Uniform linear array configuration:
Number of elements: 24
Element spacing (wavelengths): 0.25
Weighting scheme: kaiser
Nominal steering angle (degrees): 0
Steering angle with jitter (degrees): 1.869
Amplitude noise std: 0.05
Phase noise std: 0.05

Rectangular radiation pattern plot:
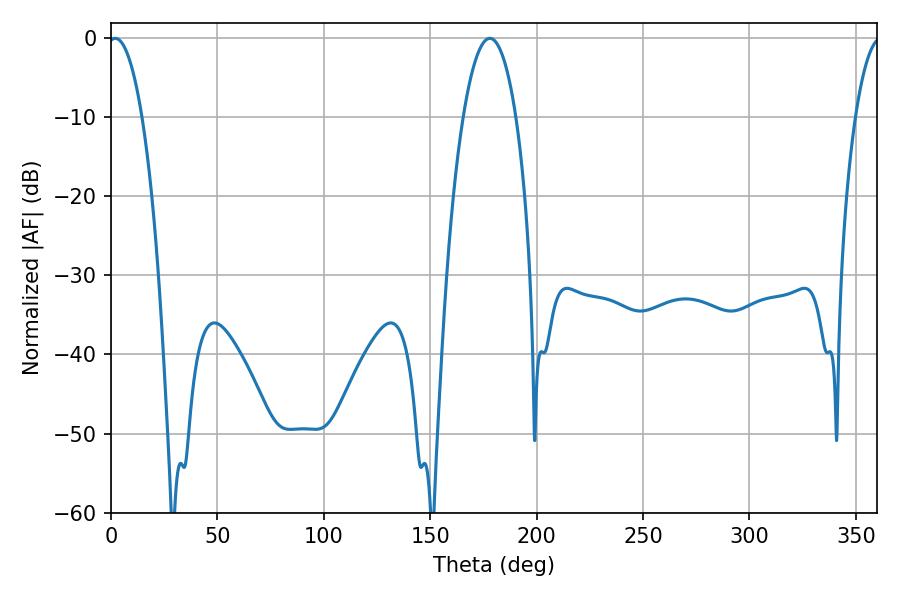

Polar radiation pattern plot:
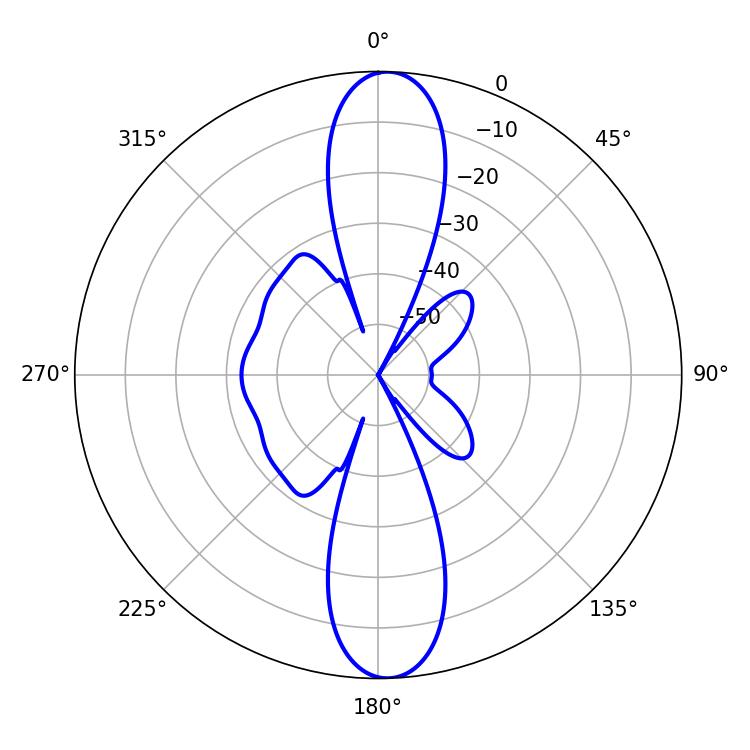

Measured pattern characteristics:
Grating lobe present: FALSE
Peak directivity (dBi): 20.466
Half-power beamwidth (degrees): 9
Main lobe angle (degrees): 1.98